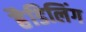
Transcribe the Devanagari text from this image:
हैडिलिंग